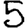
Digit: 5